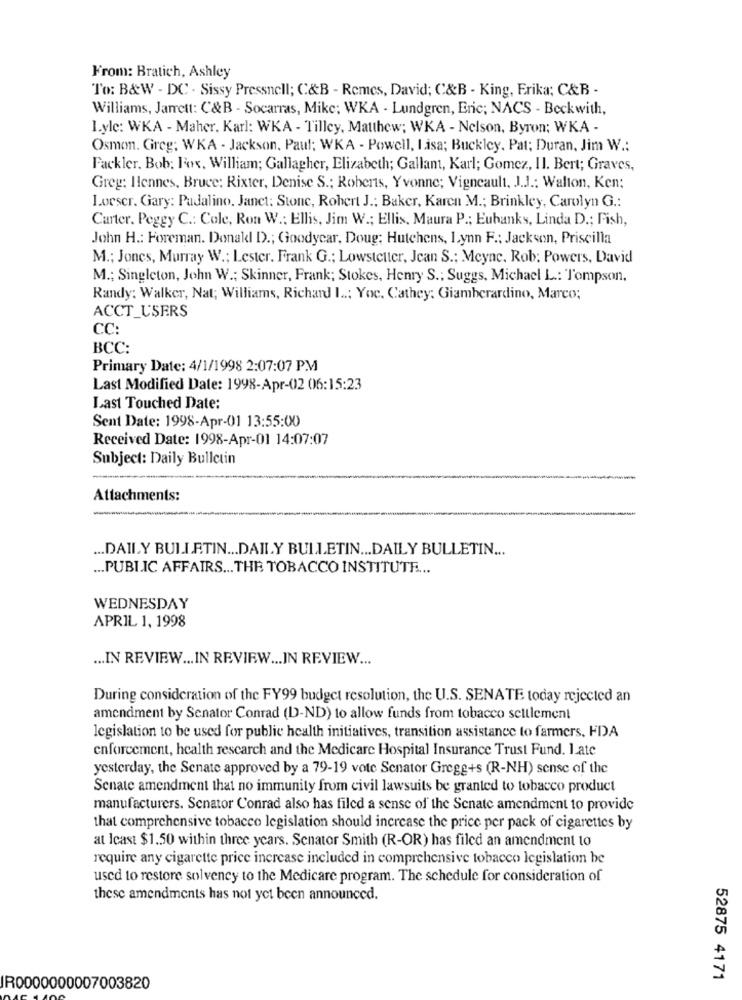
From: Bratich, Ashley
To: B&W - DC . Sissy Pressnell; C&B - Remes, David; C&B - King, Erika; C&B -
Williams, Jarrett: C&B - Socarras, Mike; WKA - Lundgren, Eric; NACS - Beckwith,
I.yle: WKA - Maher. Karl: WKA - Tilley, Matthew; WKA - Nelson, Byron; WKA -
Osman. Greg; WKA - Jackson, Paul; WKA - Powell, Lasa; Buckley. Pat; Duran, Jim W .:
Fackler. Bob: Fox. William; Gallagher, Elizabeth; Gallam, Karl; Gomez, Il. Bert; Graves,
Greg: Ilennes, Bruce: Rixter, Denise S .; Roberts, Yvonne; Vigneault, J.J .: Walton, Ken;
Loescr. Gary: Padalino, Janet: Stone, Robert J .: Baker, Karen M .; Brinkley, Carolyn G .:
Carter. Peggy C .: Cole, Ron W .: Ellis, Jim W .; Ellis, Maura P .; Eubanks, Linda D .; Fish,
John H .: Foreman. Donakl D .; Goodyear, Doug: Hutchens, Lynn F .; Jackson, Priscilla
M .; Jones, Murray W .; Lester. Frank G .; Lowstetter, Jean S .; Meyne, Rob: Powers, David
M .; Singleton, John W .; Skinner, Frank; Stokes, Henry S .; Suggs, Michael L .: Tompson,
Randy: Walker, Nat; Williams, Richard I ..; Yoc. Cathey; Giamberardino, Marco;
ACCT_USERS
CC:
BCC:
Primary Date: 4/1/1998 2:07:07 PM
Last Modified Date: 1998-Apr-02 06:15:23
Last Touched Date:
Sent Date: 1998-Apr-01 13:55:00
Received Date: 1998-Apr-01 14:07:07
Subject: Daily Bulletin
Attachments:
... DAILY BULLETIN ... DAILY BULLETIN ... DAILY BULLETIN ...
... PUBLIC AFFAIRS ... THE TOBACCO INSTITUTE ...
WEDNESDAY
APRIL 1, 1998
... IN REVIEW ... IN REVIEW ... IN REVIEW ...
During consideration of the FY99 budget resolution, the U.S. SENATE today rejected an
amendment by Senator Conrad (D-ND) to allow funds from tobacco settlement
legislation to be used for public health initiatives, transition assistance to farmers, FDA
enforcement, health research and the Medicare Hospital Insurance Trust Fund. 1.ate
yesterday, the Senate approved by a 79-19 vote Senator Gregg+s (R-NH) sense of the
Senate amendment that no immunity from civil lawsuits be granted to tobacco product
manufacturers. Senator Conrad also has filed a sense of the Senate amendment to provide
that comprehensive tobacco legislation should increase the price per pack of cigarettes by
at Icast $1.50 within three years. Senator Smith (R-OR) has filed an amendment to
require any cigarette price increase included in comprehensive tobacco legislation be
used to restore solvency to the Medicare program. The schedule for consideration of
these amendments has not yet been announced.
52875 4171
IR0000000007003820